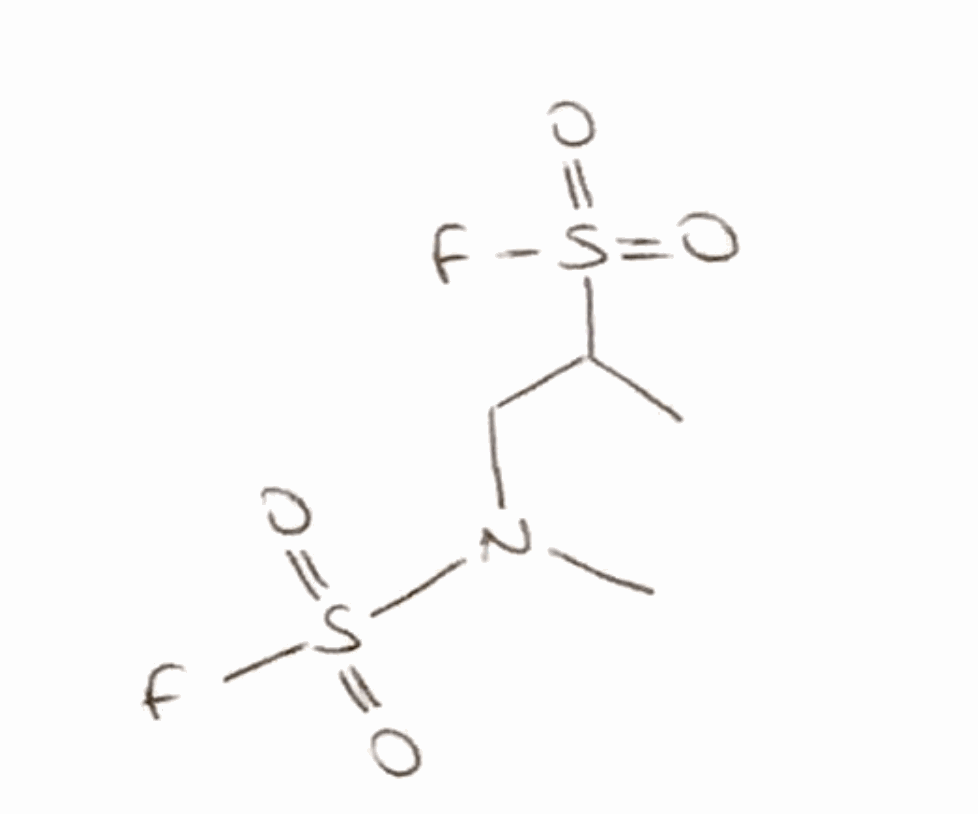
Simplified molecular-input line-entry system (SMILES) notation of the given molecule:
CC(CN(C)S(=O)(=O)F)S(=O)(=O)F